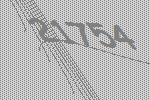
21754